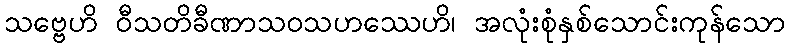
သဗ္ဗေဟိ ဝီသတိခီဏာသဝသဟဿေဟိ၊ အလုံးစုံနှစ်သောင်းကုန်သော